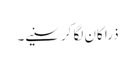
ذرا کان لگا کر سنیے۔